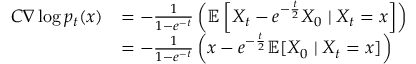
\begin{array} { r l } { C \nabla \log p _ { t } ( x ) } & { = - \frac { 1 } { 1 - e ^ { - t } } \left( \mathbb { E } \left[ X _ { t } - e ^ { - \frac { t } { 2 } } X _ { 0 } \mid X _ { t } = x \right] \right) } \\ & { = - \frac { 1 } { 1 - e ^ { - t } } \left( x - e ^ { - \frac { t } { 2 } } \mathbb { E } [ X _ { 0 } \mid X _ { t } = x ] \right) } \end{array}